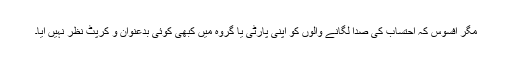
مگر افسوس کہ احتساب کی صدا لگانے والوں کو اپنی پارٹی یا گروہ میں کبھی کوئی بدعنوان و کرپٹ نظر نہیں آیا۔